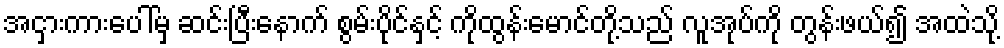
အငှားကားပေါ်မှ ဆင်းပြီးနောက် စွမ်းပိုင်နှင့် ကိုထွန်းမောင်တို့သည် လူအုပ်ကို တွန်းဖယ်၍ အထဲသို့